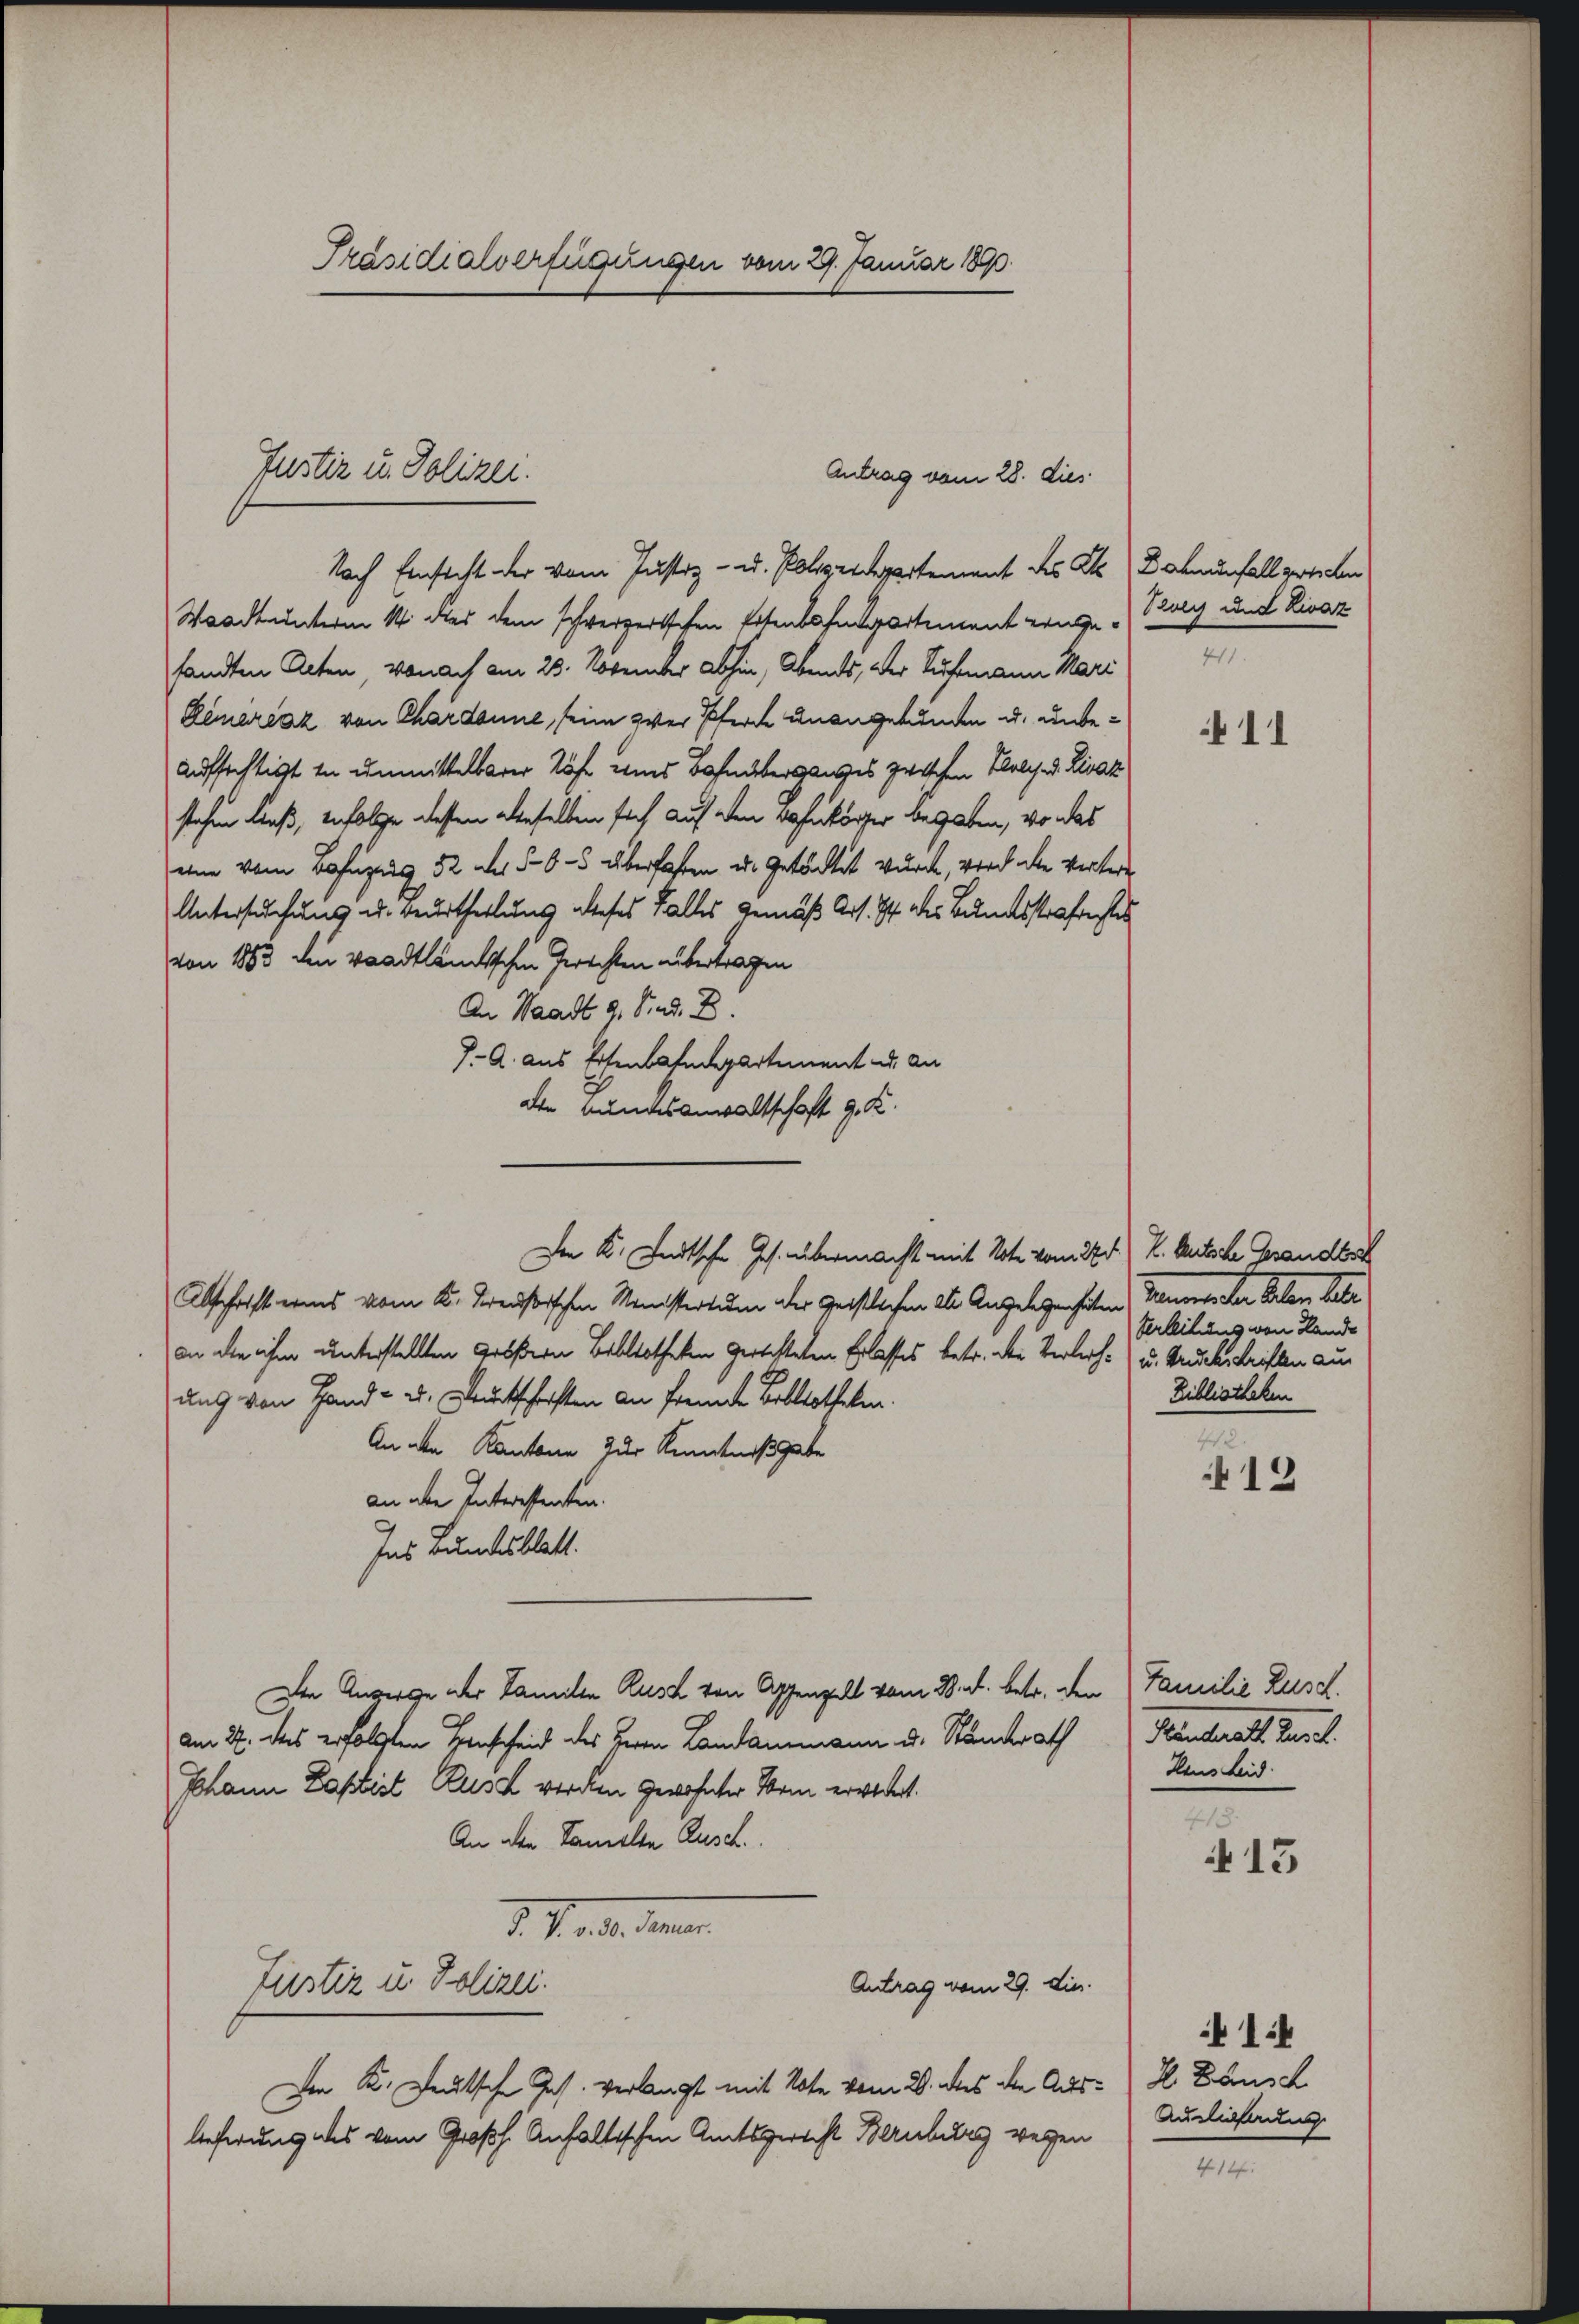
Präsidialverfügungen vom 29. Januar 1890.

Nach Einsicht der vom Justiz- u. Polizeidepartement des Kts. Damenfall gerechen
Waadt unterm 14. das dem schweizertschen Ertenbahngartement einge Berg und Livaz
sandten Acten, wonach am 23. Novender abhin, Abends, der Ruhemann Mari
Demarcaz von Chardonne, seine zwar Pferde unangebunden u. unbe¬
Aufsichtigt zu unmittelbarer Röse und Bahnüberganges zwischen Welch. d. Rivaz
stehen ließ, infolge dessen aberselben sich auf den Bohnkörper begaben, wo das
eine vom Befugung 52 des §6-5 überfahren u. getächtet wurde, wird de vertere
Untersuchung u. Beurtheilung dieses Falles gemäß Art. 74 des Bundesstrafestes
von 1883 den waadtländischen Gerichten übertragen
An Waadt 9. Sind. D.
J. A. aus Eisenbahndepartement u. an
die Bundesanwaltschaft G. K.
Der K. Landtsche Ges. übermacht mit Note vom 22.) K. Rutsche Gesandtsch
Abschrift eines vom K. Preußischen Ministertum der Geistlichen als Angelegenheiten Baumes der Erlen betr
an die ihm unterstellten Größern Bibliotheken gerichteten Erlasses betr. der Verleih- u. Bruckschriften aus
ung von Hand- u. Druckschaften an fremde Bibliotheken.
An den Kantone zur Kenntnißgabe
an aber Interessenten.
Ins Bundesblatt.
Den Anverge der Familie Rusch von Appenzell vom 28. d. betr. den Familie Zusch.
am 24. Das erfolgten Henscheid des Herrn Landammann u. Randrath
Johann Laptist Zusch werden gewohnter Mann erwortet.
An den Samelte Ausch.
I. Pende Mein
Antrag vom 29. dies.
Justiz u. Polizei.
Ie K. Deutsche Ges. verlangt mit Note vom 2. des die Auslieferung des vom Großh. Anfaltischen Amtsgericht Bernburg wegen

Justiz u. Polizei.

Antrag vom 28. dies

11

terleitung von Lande
Bibliotheken

thes e
13

Heantracht verl
Haus Leid.

418.
 13

1:4
H Bbusch
Auslieferung

4